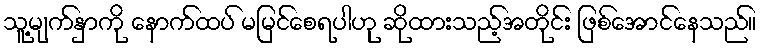
သူ့မျက်နှာကို နောက်ထပ် မမြင်စေရပါဟု ဆိုထားသည့်အတိုင်း ဖြစ်အောင်နေသည်။